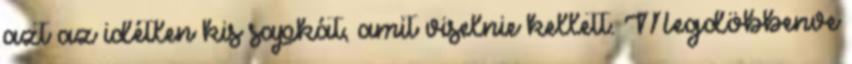
azt az idétlen kis sapkát, amit viselnie kellett. Megdöbbenve